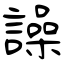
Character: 譟